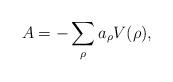
LaTeX: \begin{align*} A=-\sum_{\rho}a_{\rho}V(\rho), \end{align*}